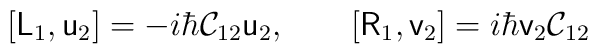
[\mathsf{L}_1 , \mathsf{u}_2 ] = -i\hbar \mathsf{\mathcal{C}}_{12}\mathsf{u}_2, \qquad [\mathsf{R}_1 , \mathsf{v}_2 ] = i\hbar\mathsf{v}_2 \mathsf{\mathcal{C}}_{12}